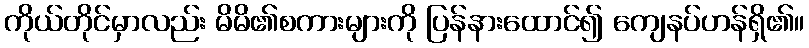
ကိုယ်တိုင်မှာလည်း မိမိ၏စကားများကို ပြန်နားထောင်၍ ကျေနပ်ဟန်ရှိ၏။